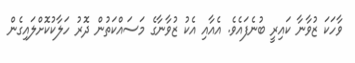
ވާހަކަ ޒުވާނާ ކައިރީ ބުނެފައެވެ. އެއާއި އެކު ޒުވާނާގެ މަސައްކަތުން ދޮރު ހަލާކުކޮށްލައިގެން